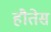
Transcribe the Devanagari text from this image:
हौतेस